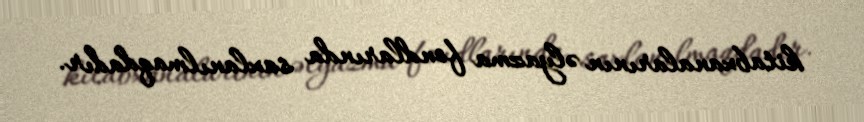
kitabxanalarının əlyazma fondlarında saxlanılmaqdadır.